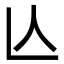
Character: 亾